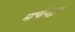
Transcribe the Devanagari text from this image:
माचीपाहून